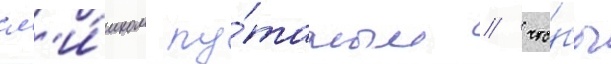
сл'и́шком пу́таным / что́бы